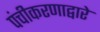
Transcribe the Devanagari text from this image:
पंचीकरणाद्वारे